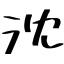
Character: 沈